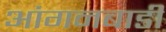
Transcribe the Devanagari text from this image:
आंगनबाडी